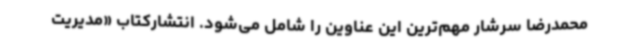
محمدرضا سرشار مهم‌ترین این عناوین را شامل می‌شود. انتشارکتاب «مدیریت